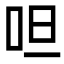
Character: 呾